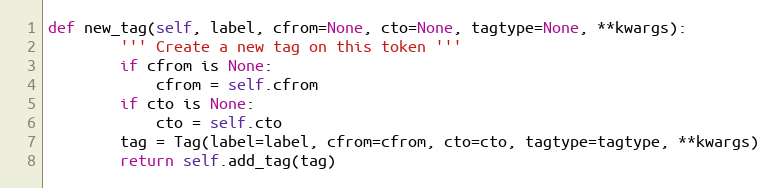
Language: Python
def new_tag(self, label, cfrom=None, cto=None, tagtype=None, **kwargs):
        ''' Create a new tag on this token '''
        if cfrom is None:
            cfrom = self.cfrom
        if cto is None:
            cto = self.cto
        tag = Tag(label=label, cfrom=cfrom, cto=cto, tagtype=tagtype, **kwargs)
        return self.add_tag(tag)